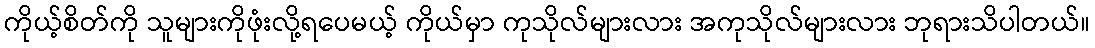
ကိုယ့်စိတ်ကို သူများကိုဖုံးလို့ရပေမယ့် ကိုယ်မှာ ကုသိုလ်များလား အကုသိုလ်များလား ဘုရားသိပါတယ်။